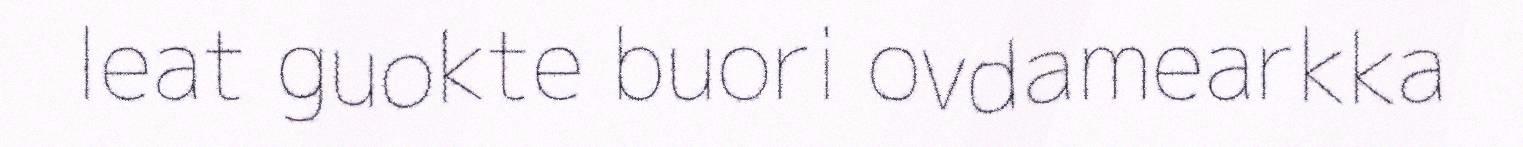
leat guokte buori ovdamearkka